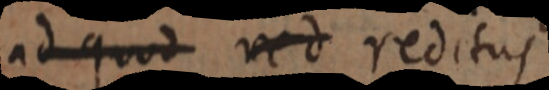
ad quod red reditus